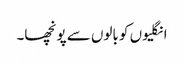
انگلیوں کو بالوں سے پونچھا۔